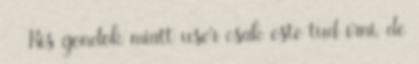
Kis gondok miatt user csak este tud írni, de